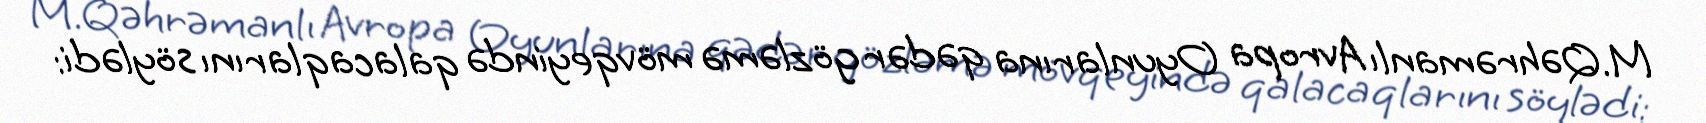
M.Qəhrəmanlı Avropa Oyunlarına qədər gözləmə mövqeyində qalacaqlarını söylədi: